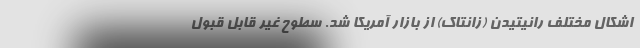
اشکال مختلف رانیتیدن (زانتاک) از بازار آمریکا شد. سطوح غیر قابل قبول